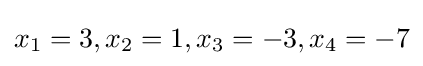
x_{1}=3,x_{2}=1,x_{3}=-3,x_{4}=-7